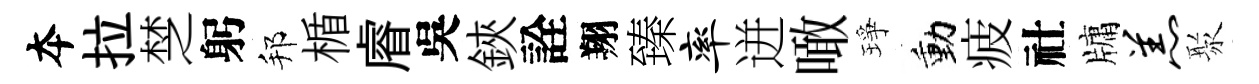
夲拉椘躬邦楯𥈠吳鋏詮翔臻率迸噉琤動疲社牗羔聚